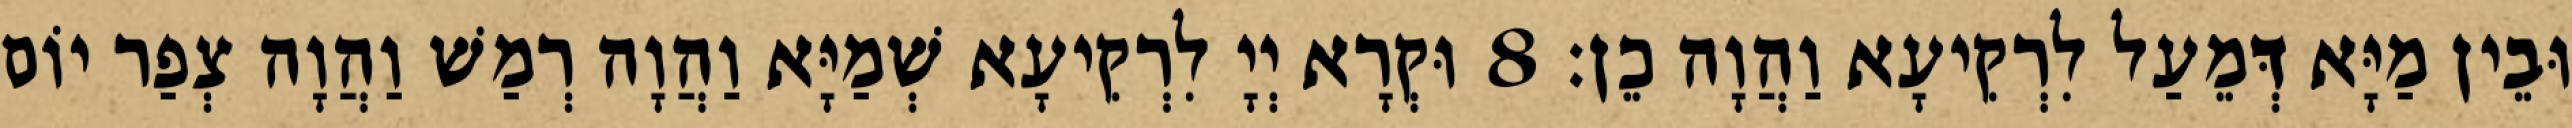
וּבֵין מַיָּא דְּמֵעַל לִרְקִיעָא וַהֲוָה כֵן׃ 8 וּקְרָא יְיָ לִרְקִיעָא שְׁמַיָּא וַהֲוָה רְמַשׁ וַהֲוָה צְפַר יוֹם